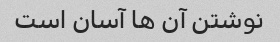
نوشتن آن ها آسان است